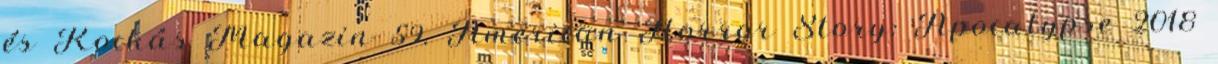
és Kockás Magazin 59. American Horror Story: Apocalypse 2018